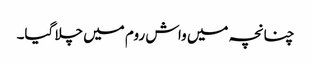
چنانچہ میں واش روم میں چلا گیا۔